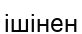
ішінен